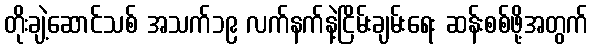
တိုးချဲ့ဆောင်သစ် အသက်၁၉ လက်နက်နဲ့ငြိမ်းချမ်းရေး ဆန်းစစ်ဖို့အတွက်